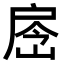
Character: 𢩐